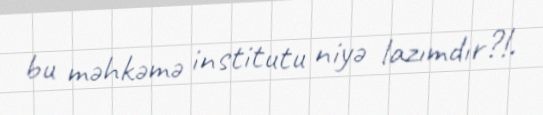
bu məhkəmə institutu niyə lazımdır?!.